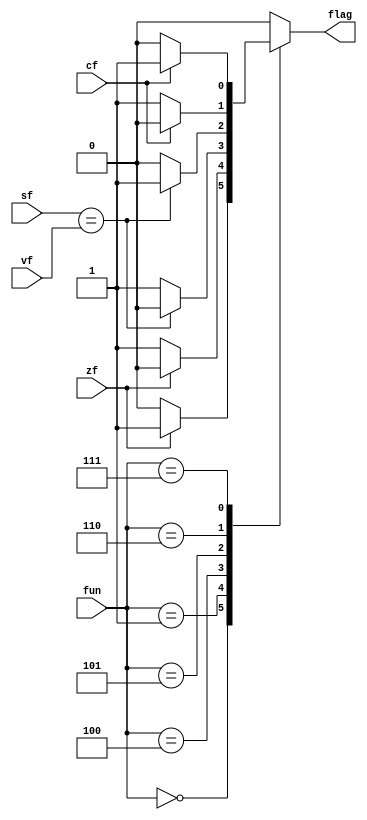
/*******************************************************************
*
* Module: Branch_CU.v
*
**********************************************************************/
`timescale 1ns / 1ps

module Branch_CU(
    input wire [2:0] fun,
    input wire zf, cf, vf, sf,
    output reg flag
);
    always @(*) begin
        case(fun)
            3'b000: flag = (zf) ? 1'b1 : 1'b0; //BEQ
            3'b001: flag = (zf) ? 1'b0 : 1'b1; // BNE
            3'b100: flag = (sf == vf) ? 1'b0 : 1'b1; // BLT
            3'b101: flag = (sf == vf) ? 1'b1 : 1'b0;    // BGE
            3'b110: flag = (cf) ? 1'b0 : 1'b1;   //BLTU
            3'b111: flag = (cf) ? 1'b1 : 1'b0;        // BGEU
            default: flag = 1'b0;
        endcase
    end
endmodule